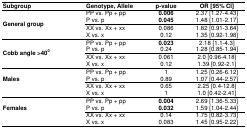
| Subgroup | Genotype, Allele | p-value | OR [95% CI] |
 | --- | --- | --- | --- |
 | <ROWSPAN=3> General group | PP vs. Pp + pp P vs. p | 0.006 0.045 | 2.37 [1.27-4.43]1.48 [1.01-2.17] |
 | XX vs. Xx + xxX vs. x | 0.0860.12 | 1.82 [0.91-3.64]1.35 [0.92-1.98] |
 | <ROWSPAN=3> Cobb angle >400 | PP vs. Pp + ppP vs. p | 0.0230.24 | 2.18 [1.1-4.3]1.28 [0.85-1.94] |
 | XX vs. Xx + xxX vs. x | 0.0610.12 | 2.0 [0.96-4.18]1.39 [0.92-2.1] |
 | <ROWSPAN=3> Males | PP vs. Pp + ppP vs. p | 10.89 | 1.25 [0.26-6.12]1.07 [0.44-2.57] |
 | XX vs. Xx + xxX vs. x | 0.651 | 2.25 [0.4-12.8]1.0 [0.42-2.41] |
 | <ROWSPAN=3> Females | PP vs. Pp + pp P vs. p | 0.004 0.032 | 2.69 [1.36-5.33]1.59 [1.04-2.44] |
 | XX vs. Xx + xxX vs. x | 0.140.083 | 1.75 [0.82-3.73]1.45 [0.95-2.22] |